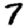
Digit: 7